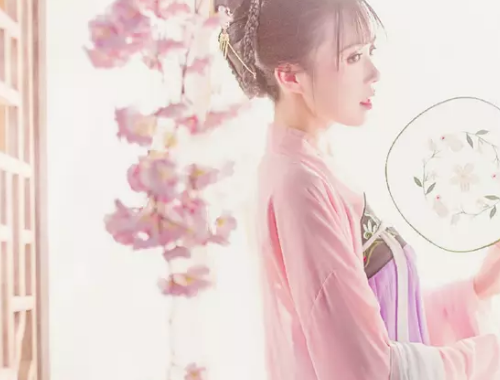
燕支落汉家，妇女无华色。